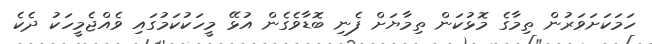
ހަމަކަށަވަރުން ތިމާގެ މޮޅުކަން ތިމާޔަށް ފެނި ބޮޑާވެގެން އުޅޭ މީހަކުކަމުގައި ވެއްޖެމީހަކު ދެކެ